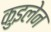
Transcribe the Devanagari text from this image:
कुइलेन